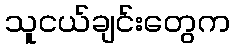
သူငယ်ချင်းတွေက